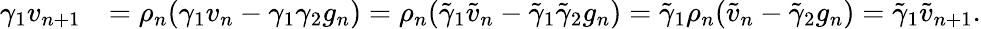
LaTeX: \begin{array}{rl}{\gamma_{1}v_{n+1}}&{=\rho_{n}(\gamma_{1}v_{n}-\gamma_{1}\gamma_{2}g_{n})=\rho_{n}(\tilde{\gamma}_{1}\tilde{v}_{n}-\tilde{\gamma}_{1}\tilde{\gamma}_{2}g_{n})=\tilde{\gamma}_{1}\rho_{n}(\tilde{v}_{n}-\tilde{\gamma}_{2}g_{n})=\tilde{\gamma}_{1}\tilde{v}_{n+1}.}\end{array}